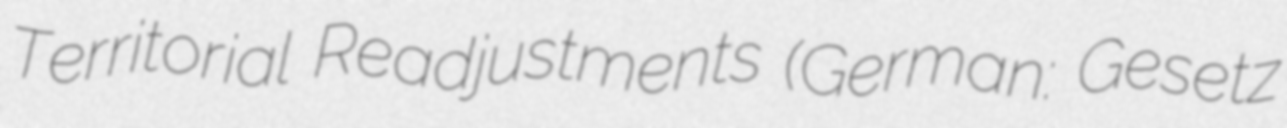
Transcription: Territorial Readjustments (German: Gesetz